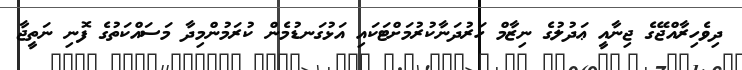
ދިވެހިރާއްޖޭގެ ޖިނާއީ ޢަދުލުގެ ނިޒާމް ހަރުދަނާކުރުމަށްޓަކައި އަޅުގަނޑުމެން ކުރަމުންމިދާ މަސައްކަތުގެ ފޮނި ނަތީޖާ